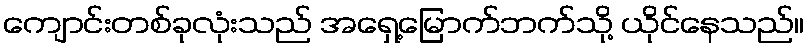
ကျောင်းတစ်ခုလုံးသည် အရှေ့မြောက်ဘက်သို့ ယိုင်နေသည်။